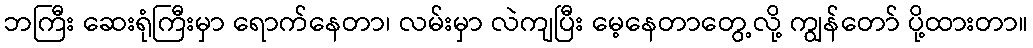
ဘကြီး ဆေးရုံကြီးမှာ ရောက်နေတာ၊ လမ်းမှာ လဲကျပြီး မေ့နေတာတွေ့လို့ ကျွန်တော် ပို့ထားတာ။